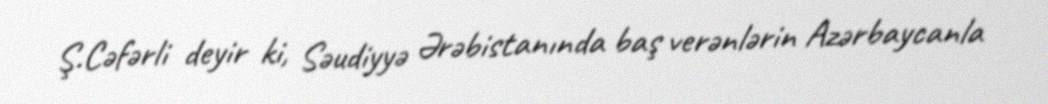
Ş.Cəfərli deyir ki, Səudiyyə Ərəbistanında baş verənlərin Azərbaycanla